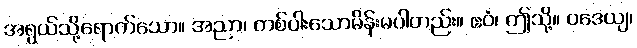
အရွယ်သို့ရောက်သော။ အညာ၊ တစ်ပါးသောမိန်းမပါတည်း။ ဧဝံ၊ ဤသို့။ ဝဒေယျ၊